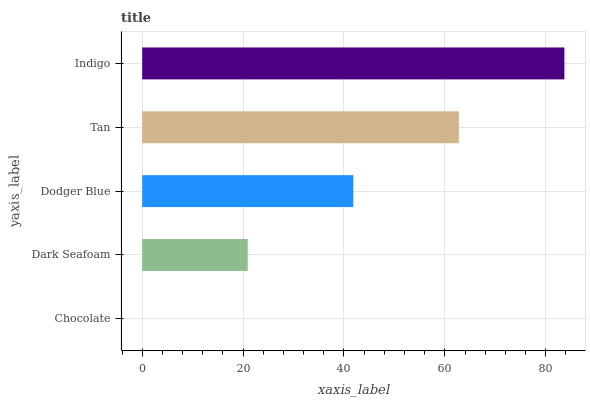
| yaxis_label | bars |
 | --- | --- |
 | Chocolate | 0 |
 | Dark Seafoam | 20.9 |
 | Dodger Blue | 41.8 |
 | Tan | 62.8 |
 | Indigo | 83.7 |